system: You are a helpful assistant.
user:
Analyze the provided spectrum to determine if it is a **S-type Star**.

- **Key Indicators for S-type Star:**

    - **(Overall Spectrum Shape):** The first and most obvious characteristic is the overall continuum (the "baseline" shape). It is **extremely "red-sloping,"** meaning the flux (light intensity) is very low on the left side (blue, ~4000-4500 Å) and rises steeply and continuously toward the right side (red, ~7000 Å+).

    - **(Primary):** The spectrum is defined by the presence of strong, broad molecular absorption "valleys" (bands) from **Zirconium Oxide (ZrO)**. The identification of these bands is the **primary requirement** for classifying a star as S-type.
        - **(Key Bandheads):** You must find distinct, deep "dips" where the light has been absorbed. The most critical band systems to locate are:
            - **~6474 Å** ($\gamma$-system): This is often the strongest and clearest ZrO feature, found in the red part of the spectrum.
            - **~5718 Å** & **~5551 Å** ($\beta$-system): A pair of prominent absorption features in the yellow-orange part of the spectrum.
            - **~4640 Å** ($\alpha$-system): A key absorption band system in the blue-green region of the spectrum.

    - **(Secondary Confirmation):** The classification is strengthened by finding additional absorption bands from other related heavy element oxides, which are expected to be present alongside ZrO.
        - **(Key Bandheads):**
            - **Yttrium Oxide (YO):** Look for absorption dips near **~4800 Å** and **~6100 Å**.
            - **Lanthanum Oxide (LaO):** Additional absorption features, particularly in the red-orange part of the spectrum, are also characteristic.

    - **(Line Profile):** The combination of the steep red continuum and these numerous, deep molecular bands (ZrO, YO, etc.) gives the entire spectrum a very **"chopped-up"** or **"bumpy"** appearance. Instead of a smooth curve, the spectrum looks as though large, wide chunks of light have been "carved out" of it at the specific wavelengths listed above.

Think first, call **spectral_visualization_tool** if needed to examine features in detail, then provide your final answer. Your response must adhere to the following strict rules:
1.  **Overall Structure:** Your response must follow the format `<think>...</think> <tool_call>...</tool_call> (if a tool is used) <answer>...</answer>`.
2.  **Tool Usage Constraint:** You may only make **one** tool call per turn.
3.  **Final Answer Format:** In the `<answer>` tag, your conclusion must be inside a `\boxed{}` command (e.g., `\boxed{YES}` or `\boxed{NO}`), followed by your justification.

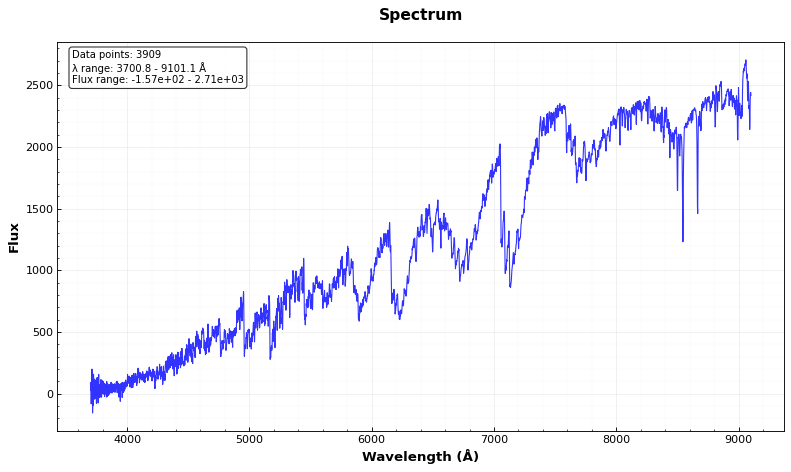
Answer: YES